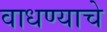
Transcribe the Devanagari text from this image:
वाधण्याचे